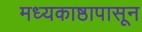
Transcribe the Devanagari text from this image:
मध्यकाष्ठापासून